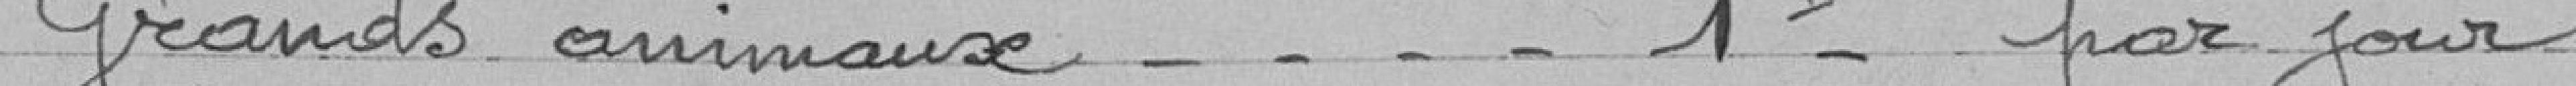
Grands animaux . . . . 1F par jour